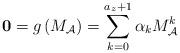
LaTeX: \begin{align*} \mathbf{0}=g\left(M_{\mathcal{A}}\right)=\sum_{k=0}^{a_z+1}\alpha_k M_{\mathcal{A}}^k\end{align*}